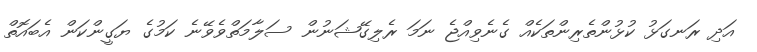
އަދި ރަނގަޅު ކުޅުންތެރިންތަކެއް ގެނެވިއްޖެ ނަމަ ރެލިގޭޝަނުން ސަލާމަތްވެވޭނެ ކަމުގެ ޔަގީންކަން އެބައޮތް